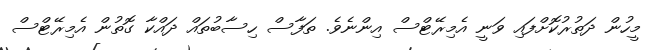
މީހުން ދަތުރުކޮށްފައި ވަނީ އެމިރޭޓްސް އިންނެވެ. ތަފާސް ހިސާބުތައް ދައްކާ ގޮތުން އެމިރޭޓްސް